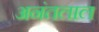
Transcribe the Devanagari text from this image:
अनंतलाल